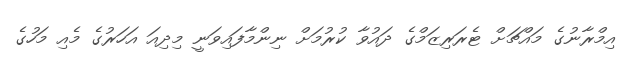
އިމްރާނުގެ މައްޗަށް ޓެރަރިޒަމްގެ ދައުވާ ކުރުމަށް ނިންމާފައިވަނީ މިދިއަ އަހަރުގެ މެއި މަހުގެ